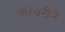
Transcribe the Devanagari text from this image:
कोचरीने